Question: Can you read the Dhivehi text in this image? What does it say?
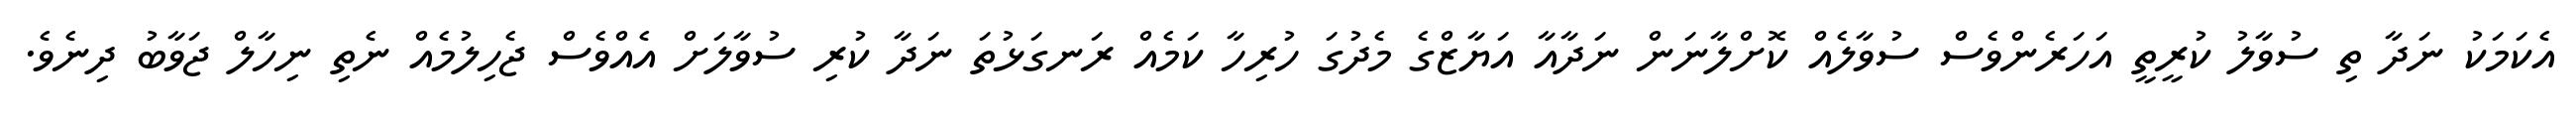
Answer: އެކަމަކު ނަދާ ތި ސުވާލު ކުރީތީ އަހަރެންވެސް ސުވާލެއް ކޮށްލާނަން ނަދާއާ އަޔާޒްގެ މެދުގަ ހުރިހާ ކަމެއް ރަނގަޅުތަ ނަދާ ކުރި ސުވާލަށް އެއްވެސް ޖެހިލުމެއް ނެތި ނިހާލް ޖަވާބު ދިނެވެ.